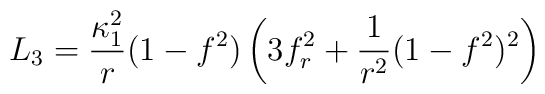
L_3 = \frac{\kappa_1^2}{r} (1-f^2)\left( 3f_r^2 +\frac{1}{r^2} (1-f^2)^2 \right)